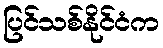
ပြင်သစ်နိုင်ငံက